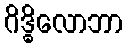
ဂိဒ္ဓိလောဘာ